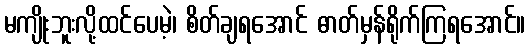
မကျိုးဘူးလို့ထင်ပေမဲ့၊ စိတ်ချရအောင် ဓာတ်မှန်ရိုက်ကြရအောင်။